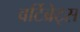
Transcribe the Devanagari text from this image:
वर्टिब्रेट्स